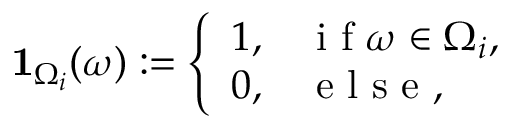
\mathbf { 1 } _ { \Omega _ { i } } ( \omega ) : = \left\{ \begin{array} { l l } { 1 , } & { \mathrm { ~ i ~ f ~ } \omega \in \Omega _ { i } , } \\ { 0 , } & { \mathrm { ~ e ~ l ~ s ~ e ~ } , } \end{array} \right.